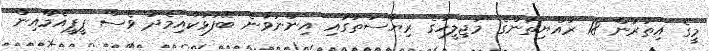
މީގެ އިތުރުން 18 ރައްޔިތުންގެ މަޖިލީހުގެ ރިޔާސަތުގައި އިންނަވާނެ ބޭފުޅަކާއިމެދު ވެސް ޕީޕީއެމްއިން